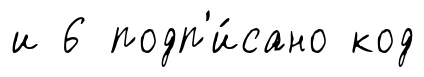
и 6 подп'и́сано код